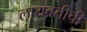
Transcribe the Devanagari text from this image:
लायब्रतीची